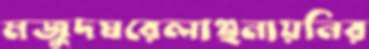
মজুদঘরেলাঞ্ছনায়নির